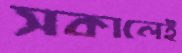
সকালেই